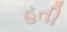
હતી